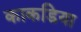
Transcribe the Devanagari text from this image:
काकडिया